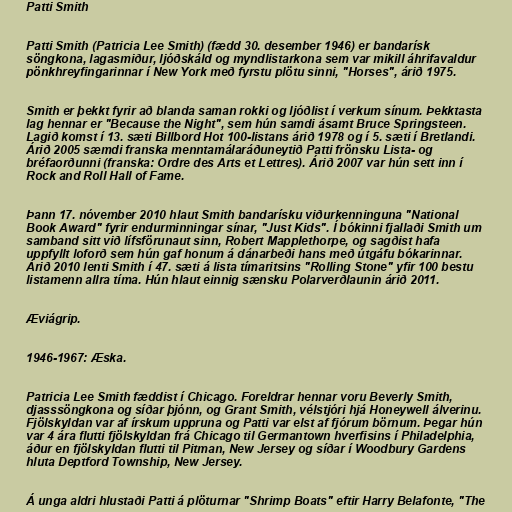
Patti Smith

Patti Smith (Patricia Lee Smith) (fædd 30. desember 1946) er bandarísk
söngkona, lagasmiður, ljóðskáld og myndlistarkona sem var mikill áhrifavaldur
pönkhreyfingarinnar í New York með fyrstu plötu sinni, "Horses", árið 1975.

Smith er þekkt fyrir að blanda saman rokki og ljóðlist í verkum sínum. Þekktasta
lag hennar er "Because the Night", sem hún samdi ásamt Bruce Springsteen.
Lagið komst í 13. sæti Billbord Hot 100-listans árið 1978 og í 5. sæti í Bretlandi.
Árið 2005 sæmdi franska menntamálaráðuneytið Patti frönsku Lista- og
bréfaorðunni (franska: Ordre des Arts et Lettres). Árið 2007 var hún sett inn í
Rock and Roll Hall of Fame.

Þann 17. nóvember 2010 hlaut Smith bandarísku viðurkenninguna "National
Book Award" fyrir endurminningar sínar, "Just Kids". Í bókinni fjallaði Smith um
samband sitt við lífsförunaut sinn, Robert Mapplethorpe, og sagðist hafa
uppfyllt loforð sem hún gaf honum á dánarbeði hans með útgáfu bókarinnar.
Árið 2010 lenti Smith í 47. sæti á lista tímaritsins "Rolling Stone" yfir 100 bestu
listamenn allra tíma. Hún hlaut einnig sænsku Polarverðlaunin árið 2011.

Æviágrip.

1946-1967: Æska.

Patricia Lee Smith fæddist í Chicago. Foreldrar hennar voru Beverly Smith,
djasssöngkona og síðar þjónn, og Grant Smith, vélstjóri hjá Honeywell álverinu.
Fjölskyldan var af írskum uppruna og Patti var elst af fjórum börnum. Þegar hún
var 4 ára flutti fjölskyldan frá Chicago til Germantown hverfisins í Philadelphia,
áður en fjölskyldan flutti til Pitman, New Jersey og síðar í Woodbury Gardens
hluta Deptford Township, New Jersey.

Á unga aldri hlustaði Patti á plöturnar "Shrimp Boats" eftir Harry Belafonte, "The